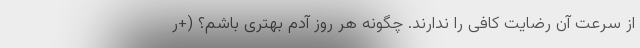
از سرعت آن رضایت کافی را ندارند. چگونه هر روز آدم بهتری باشم؟ (+ر